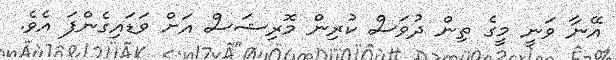
އޭނާ ވަނީ މީގެ ތިން ދުވަސް ކުރިން މޮރިޝަސް އަށް ވަޑައިގެންފަ އެވެ.